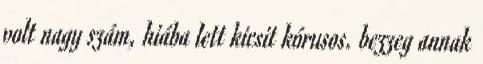
volt nagy szám, hiába lett kicsit kórusos. bezzeg annak